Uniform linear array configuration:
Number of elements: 4
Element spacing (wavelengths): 0.75
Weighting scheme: cosine
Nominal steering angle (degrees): -45
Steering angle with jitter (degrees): -45.827
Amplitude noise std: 0.05
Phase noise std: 0.05

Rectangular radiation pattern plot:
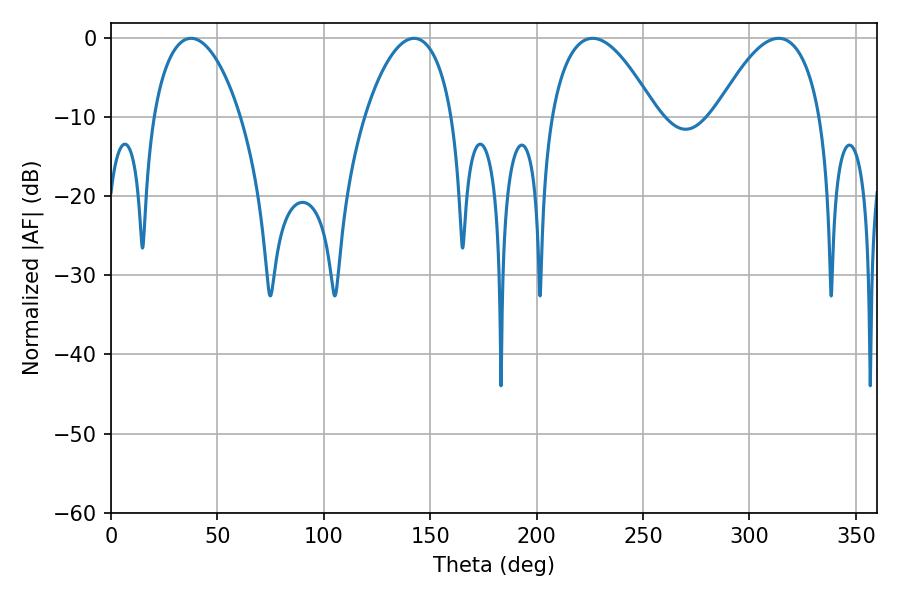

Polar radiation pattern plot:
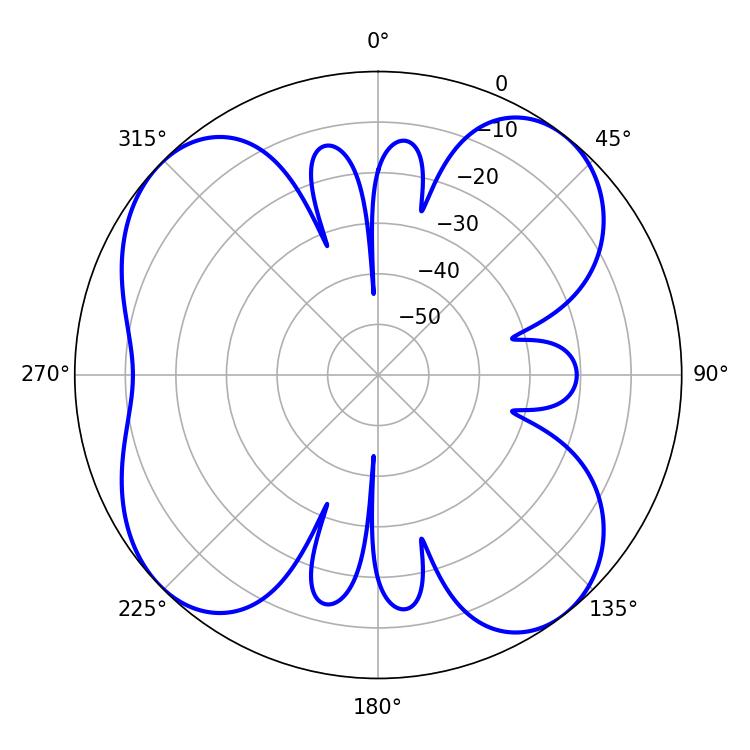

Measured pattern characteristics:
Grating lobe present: TRUE
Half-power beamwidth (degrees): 23.22
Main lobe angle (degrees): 37.62